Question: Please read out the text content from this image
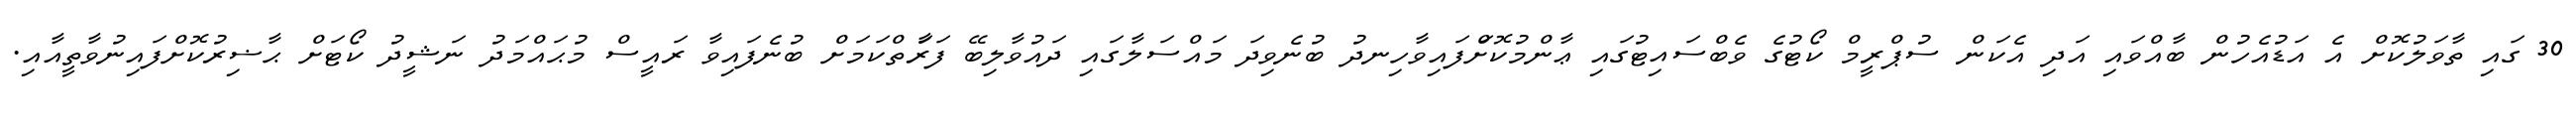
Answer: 30 ގައި ތާވަލުކޮށް އެ އަޑުއެހުން ބާއްވައި އަދި އެކަން ސުޕްރީމް ކޯޓުގެ ވެބްސައިޓުގައި ޢާންމުކޮށްަފައިވާހިނދު ބުނެވިދަ މައްސަލާގައި ދައުވާލިބޭ ފަރާަތްކަމަށް ބުނެފައިވާ ރައީސް މުޙައްމަދު ނަޝީދު ކޯޓަށް ޙާޟިރުކޮށްފައިނުވާތީއާއި.